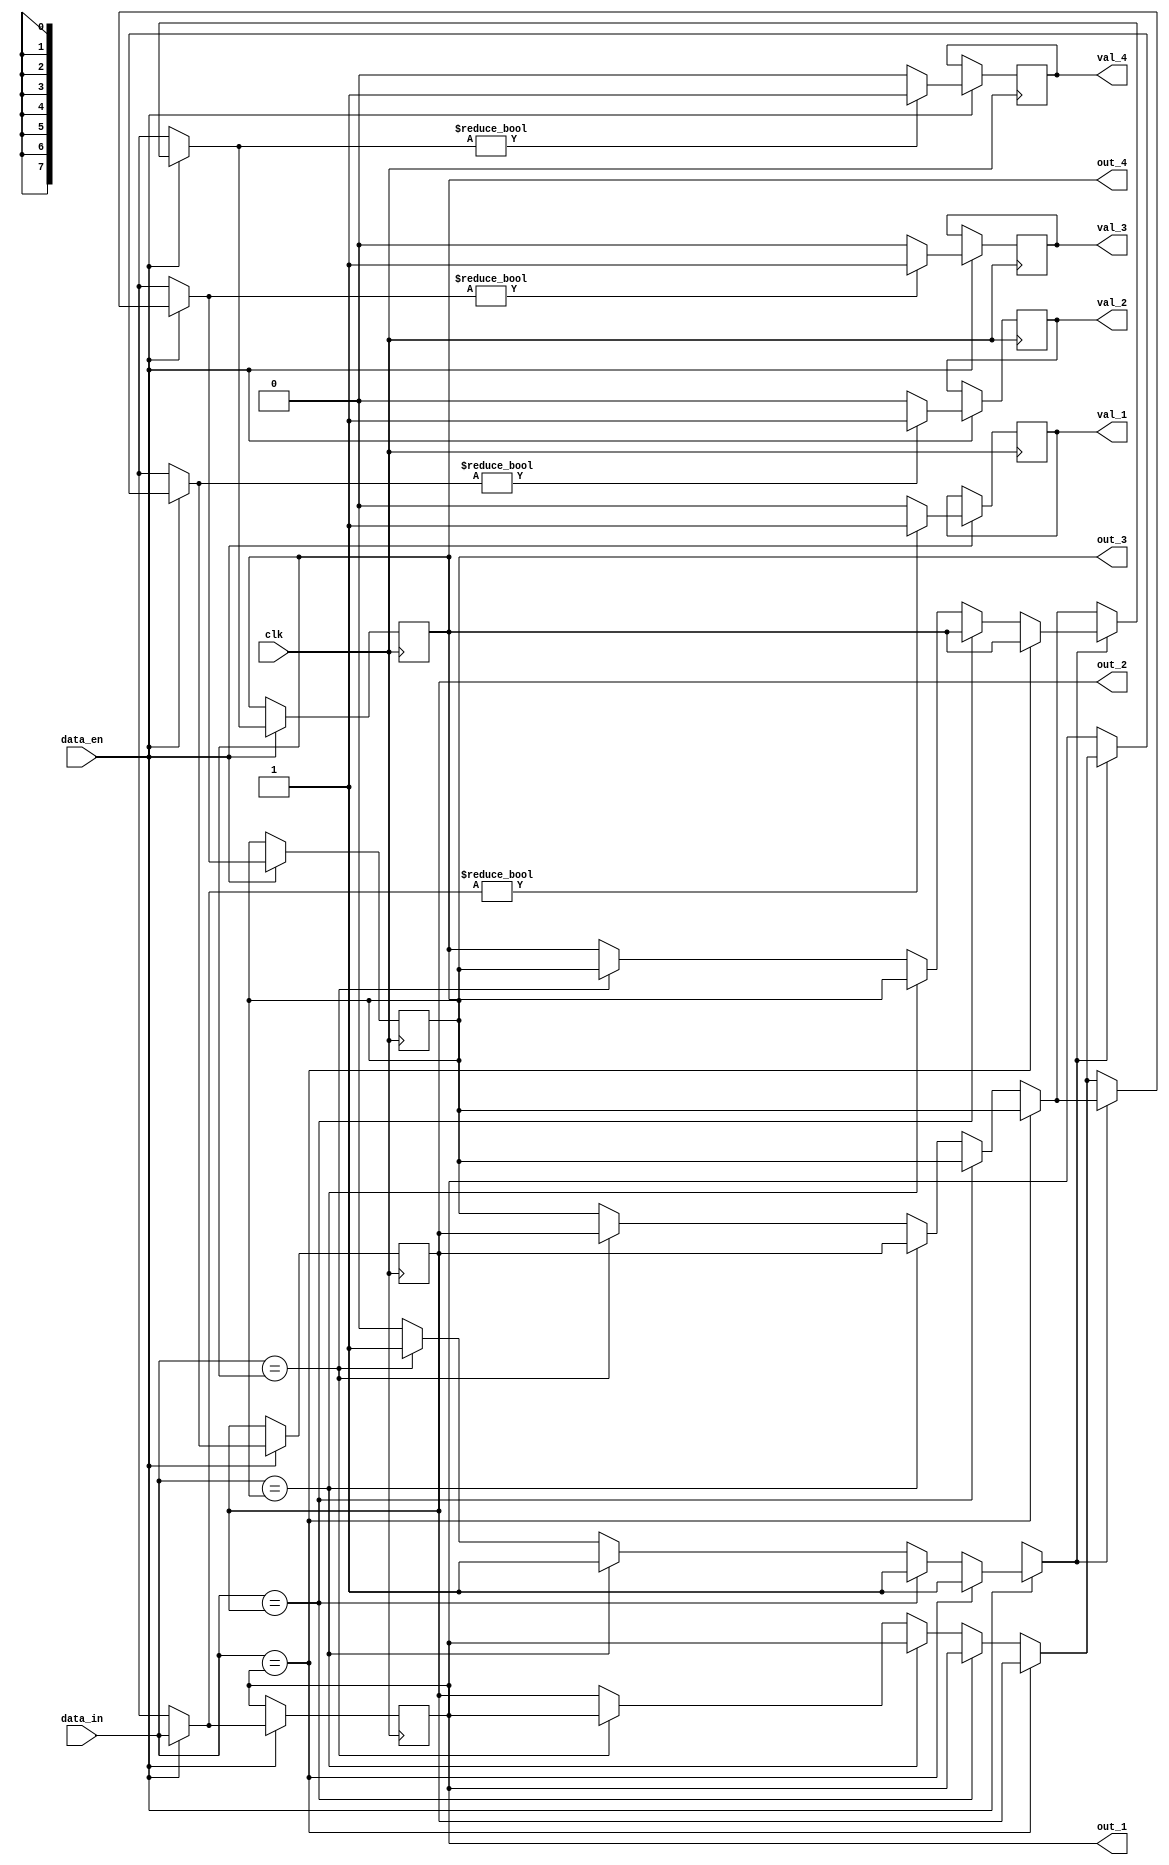
//  ,     4       .
//        ,     . 
//       .

module uniq(
    input clk,
    input signed [7:0] data_in,
    input data_en,

    output reg signed [7:0] out_1,
    output reg signed [7:0] out_2,
    output reg signed [7:0] out_3,  
    output reg signed [7:0] out_4,

    output reg val_1,
    output reg val_2,
    output reg val_3,
    output reg val_4
    );

    reg found = 0;

    initial begin
        val_1 = 0;
        val_2 = 0;
        val_3 = 0;
        val_4 = 0;
        out_1 = 0;
        out_2 = 0;
        out_3 = 0;
        out_4 = 0;
    end

    always @(posedge clk) begin
        if (data_en) begin
            found = 0;

            // ,       
            if (data_in == out_1) begin
                found = 1;
            end else if (data_in == out_2) begin
                found = 1;
                out_2 = out_1;
            end else if (data_in == out_3) begin
                found = 1;
                out_3 = out_2;
                out_2 = out_1;
            end else if (data_in == out_4) begin
                found = 1;
                out_4 = out_3;
                out_3 = out_2;
                out_2 = out_1;
            end

            //   ,   
            if (found) begin
                out_1 = data_in;
            end else begin
            //          out_1
                out_4 = out_3;
                out_3 = out_2;
                out_2 = out_1;
                out_1 = data_in;
            end

            //   
            val_1 = (out_1 != 0) ? 1 : 0;
            val_2 = (out_2 != 0) ? 1 : 0;
            val_3 = (out_3 != 0) ? 1 : 0;
            val_4 = (out_4 != 0) ? 1 : 0;
        end
    end

endmodule